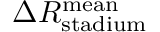
\Delta R _ { \mathrm { s t a d i u m } } ^ { \mathrm { m e a n } }